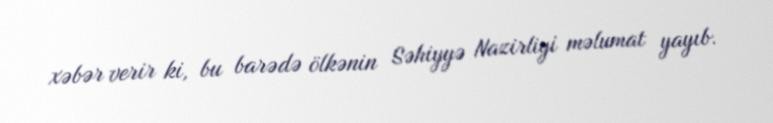
xəbər verir ki, bu barədə ölkənin Səhiyyə Nazirliyi məlumat yayıb.